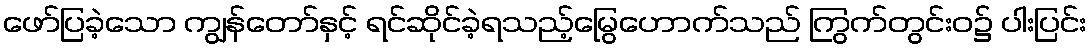
ဖော်ပြခဲ့သော ကျွန်တော်နှင့် ရင်ဆိုင်ခဲ့ရသည့်မြွေဟောက်သည် ကြွက်တွင်းဝ၌ ပါးပြင်း